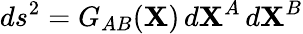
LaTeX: ds^{2}=G_{AB}(\mathbf{X})\, d\mathbf{X}^{A}\, d\mathbf{X}^{B}